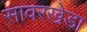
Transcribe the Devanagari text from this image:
सावरखेडा